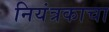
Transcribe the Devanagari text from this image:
नियंत्रकाचा